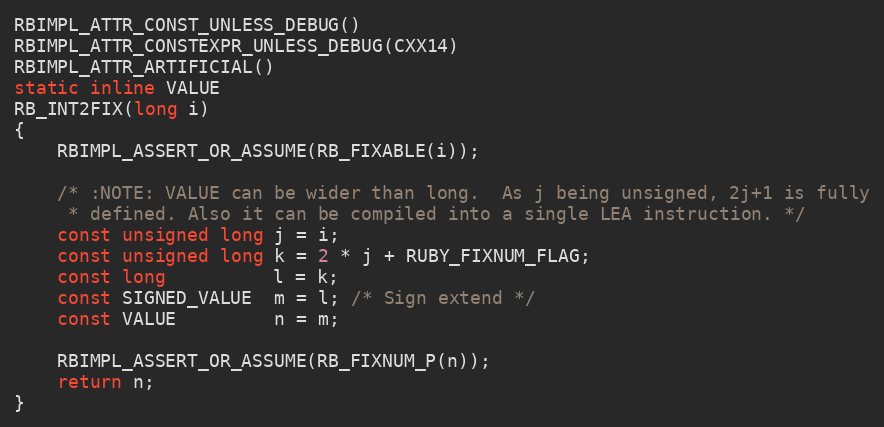
Language: C
RBIMPL_ATTR_CONST_UNLESS_DEBUG()
RBIMPL_ATTR_CONSTEXPR_UNLESS_DEBUG(CXX14)
RBIMPL_ATTR_ARTIFICIAL()
static inline VALUE
RB_INT2FIX(long i)
{
    RBIMPL_ASSERT_OR_ASSUME(RB_FIXABLE(i));

    /* :NOTE: VALUE can be wider than long.  As j being unsigned, 2j+1 is fully
     * defined. Also it can be compiled into a single LEA instruction. */
    const unsigned long j = i;
    const unsigned long k = 2 * j + RUBY_FIXNUM_FLAG;
    const long          l = k;
    const SIGNED_VALUE  m = l; /* Sign extend */
    const VALUE         n = m;

    RBIMPL_ASSERT_OR_ASSUME(RB_FIXNUM_P(n));
    return n;
}